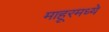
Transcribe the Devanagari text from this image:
माहूरमध्ये